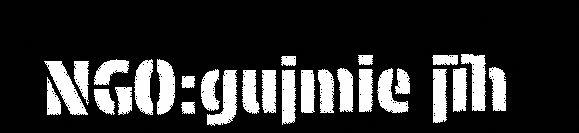
NGO:gujmie jïh